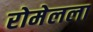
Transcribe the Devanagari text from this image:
रोमेलला